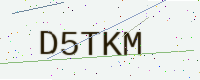
Text: D5TKM